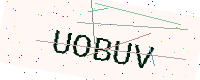
Text: UOBUV